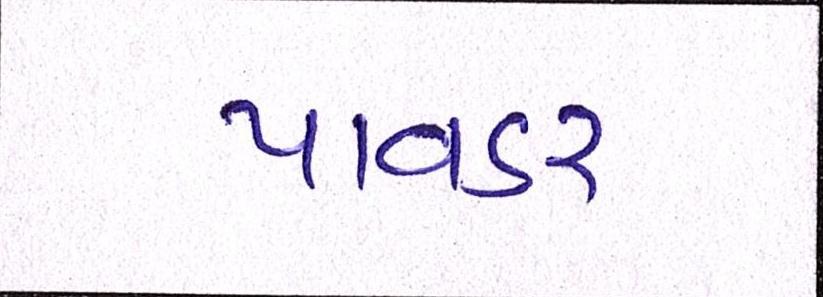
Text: પાવડર